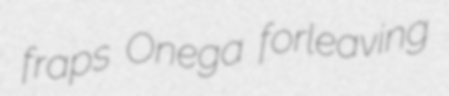
fraps Onega forleaving